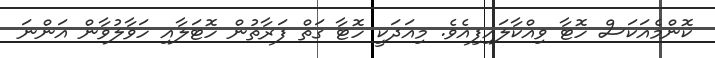
ކޮންމެއަކަސް ހޮޓާ ވިއްކާލައިފިއެވެ. މިއަދަކީ ހޮޓާ ގަތް ފަރާތުން ހޮޓަލާއި ހަވާލުވާން އަންނަ